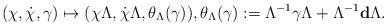
LaTeX: \begin{align*}(\chi,\dot\chi,\gamma)\mapsto (\chi\Lambda,\dot\chi\Lambda,\theta_{\Lambda}(\gamma)),\theta_{\Lambda}(\gamma):=\Lambda^{-1}\gamma\Lambda+\Lambda^{-1}\mathbf{d}\Lambda.\end{align*}